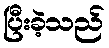
ပြီးခဲ့သည်